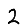
Digit: 2